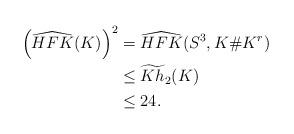
LaTeX: \begin{align*}\left(\widehat{HFK}(K)\right)^2&=\widehat{HFK}(S^3,K\#K^r) \\&\le\widetilde{Kh}_2(K) \\&\le24.\end{align*}